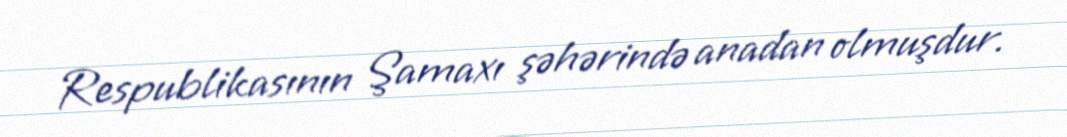
Respublikasının Şamaxı şəhərində anadan olmuşdur.